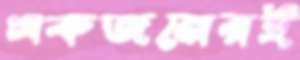
একজনেরই